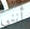
أنني